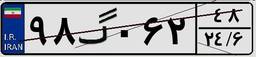
۹۸گ۰۶۲۴۸